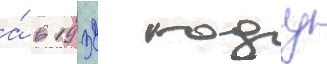
а́ в 1932 году